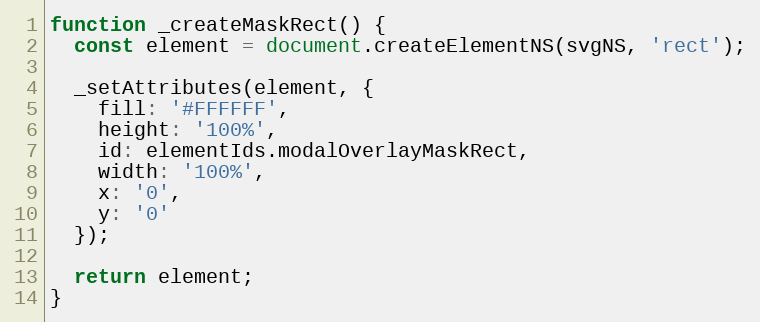
Language: JavaScript
function _createMaskRect() {
  const element = document.createElementNS(svgNS, 'rect');

  _setAttributes(element, {
    fill: '#FFFFFF',
    height: '100%',
    id: elementIds.modalOverlayMaskRect,
    width: '100%',
    x: '0',
    y: '0'
  });

  return element;
}